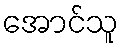
အောင်သူ